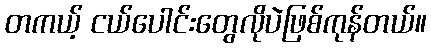
တကယ့် ငယ်ပေါင်းတွေလိုပဲဖြစ်ကုန်တယ်။